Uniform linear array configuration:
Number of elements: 4
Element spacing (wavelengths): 1
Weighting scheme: uniform
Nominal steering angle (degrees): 30
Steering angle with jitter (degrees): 31.997
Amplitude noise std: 0.05
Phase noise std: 0.05

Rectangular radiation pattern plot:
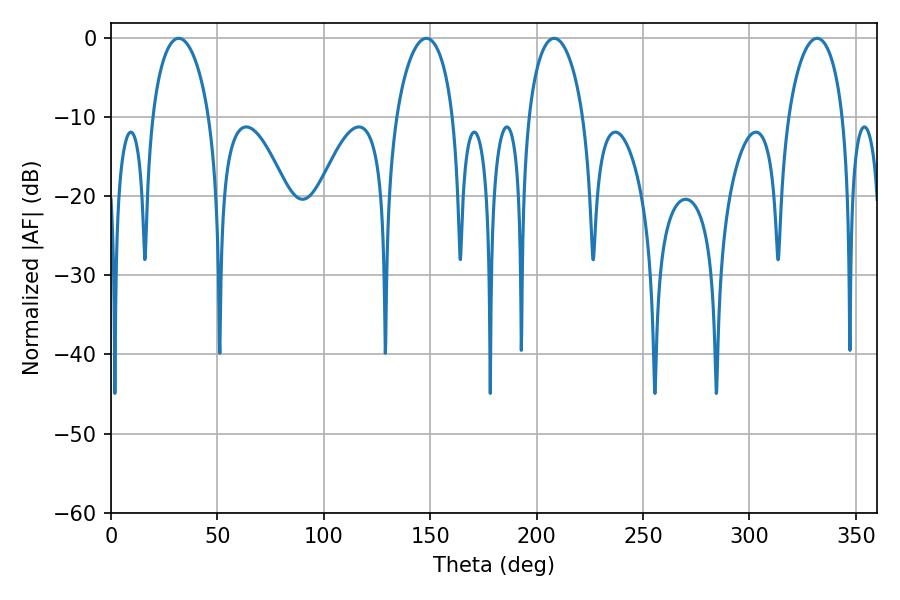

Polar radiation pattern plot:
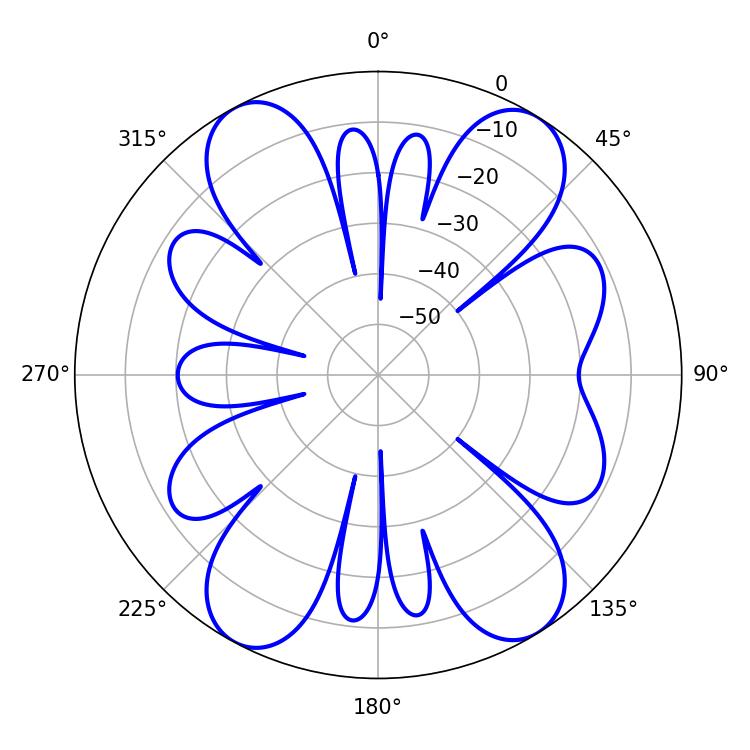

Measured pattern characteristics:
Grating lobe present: TRUE
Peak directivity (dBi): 15.363
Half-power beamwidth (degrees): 14.76
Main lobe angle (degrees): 331.74